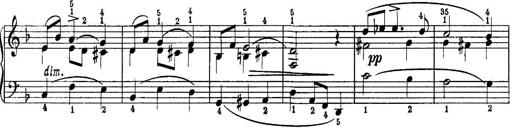
Title: Piano Sonatina No.1 in C major
Composer: Tadeusz Joteyko
Key: C major